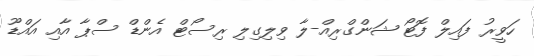
ހަވީރު ފައިލް ފޮޓޯ ޝަންގްރިއް-ލާ ވިލިގިލި ރިސޯޓް އެންޑް ސްޕާ އާއި އައްޑޫ